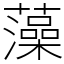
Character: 藻